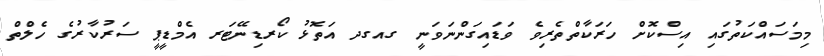
މިމަސައްކަތުގައި އިސްކޮށް ހަރަކާތްތެރިވެ ވަޑައިގަންނަވަނީ ގއގދ އަތޮޅު ކޯރޑިނޭޓަރ އެމްޑީޕީ ސަރުކާރުގެ ހެލްތް